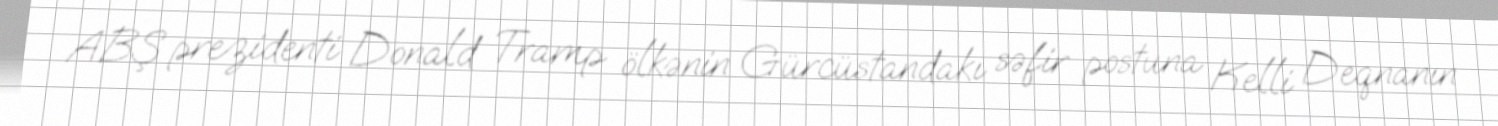
ABŞ prezidenti Donald Tramp ölkənin Gürcüstandakı səfir postuna Kelli Deqnanın